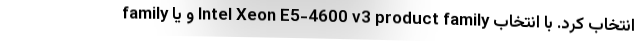
family و یا Intel Xeon E5-4600 v3 product family انتخاب کرد. با انتخاب